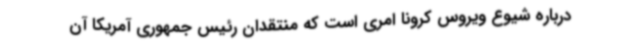
درباره شیوع ویروس کرونا امری است که منتقدان رئیس جمهوری آمریکا آن